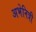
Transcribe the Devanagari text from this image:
अभेनित्री